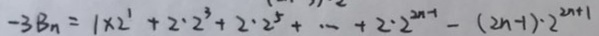
- 3 B _ { n } = 1 \times 2 ^ { 1 } + 2 \cdot 2 ^ { 3 } + 2 \cdot 2 ^ { 5 } + \cdots + 2 \cdot 2 ^ { 2 n - 1 } - ( 2 n - 1 ) \cdot 2 ^ { 2 n + 1 }